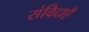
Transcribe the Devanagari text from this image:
संविदाएँ